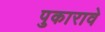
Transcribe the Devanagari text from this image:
पुकारावे